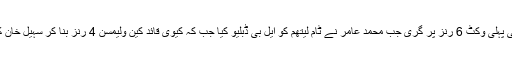
نیوزی لینڈ کی پہلی وکٹ 6 رنز پر گری جب محمد عامر نے ٹام لیتھم کو ایل بی ڈبلیو کیا جب کہ کیوی قائد کین ولیمسن 4 رنز بنا کر سہیل خان کا شکار بنے۔